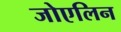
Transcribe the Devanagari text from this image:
जोएलिन